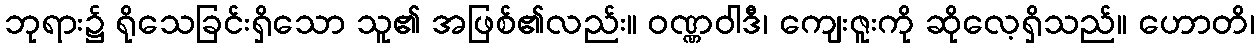
ဘုရား၌ ရိုသေခြင်းရှိသော သူ၏ အဖြစ်၏လည်း။ ဝဏ္ဏဝါဒီ၊ ကျေးဇူးကို ဆိုလေ့ရှိသည်။ ဟောတိ၊